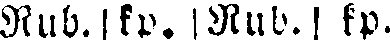
Rub. kp. Rub. kp.